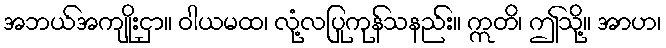
အဘယ်အကျိုးငှာ။ ဝါယမထ၊ လုံ့လပြုကုန်သနည်း။ ဣတိ၊ ဤသို့။ အာဟ၊